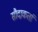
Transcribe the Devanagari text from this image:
सौदाकर्ता